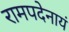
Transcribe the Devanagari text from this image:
रामपदेनायं